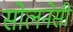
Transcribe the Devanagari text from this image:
सोलनेसी